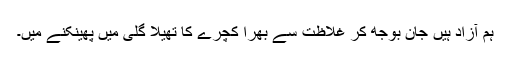
ہم آزاد ہیں جان بوجھ کر غلاظت سے بھرا کچرے کا تھیلا گلی میں پھینکنے میں۔